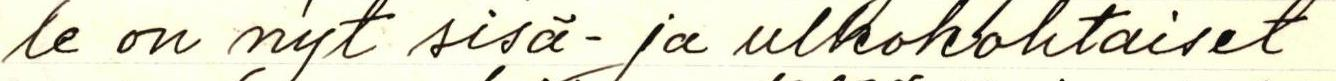
le on nyt sisä- ja ulkokohtaiset